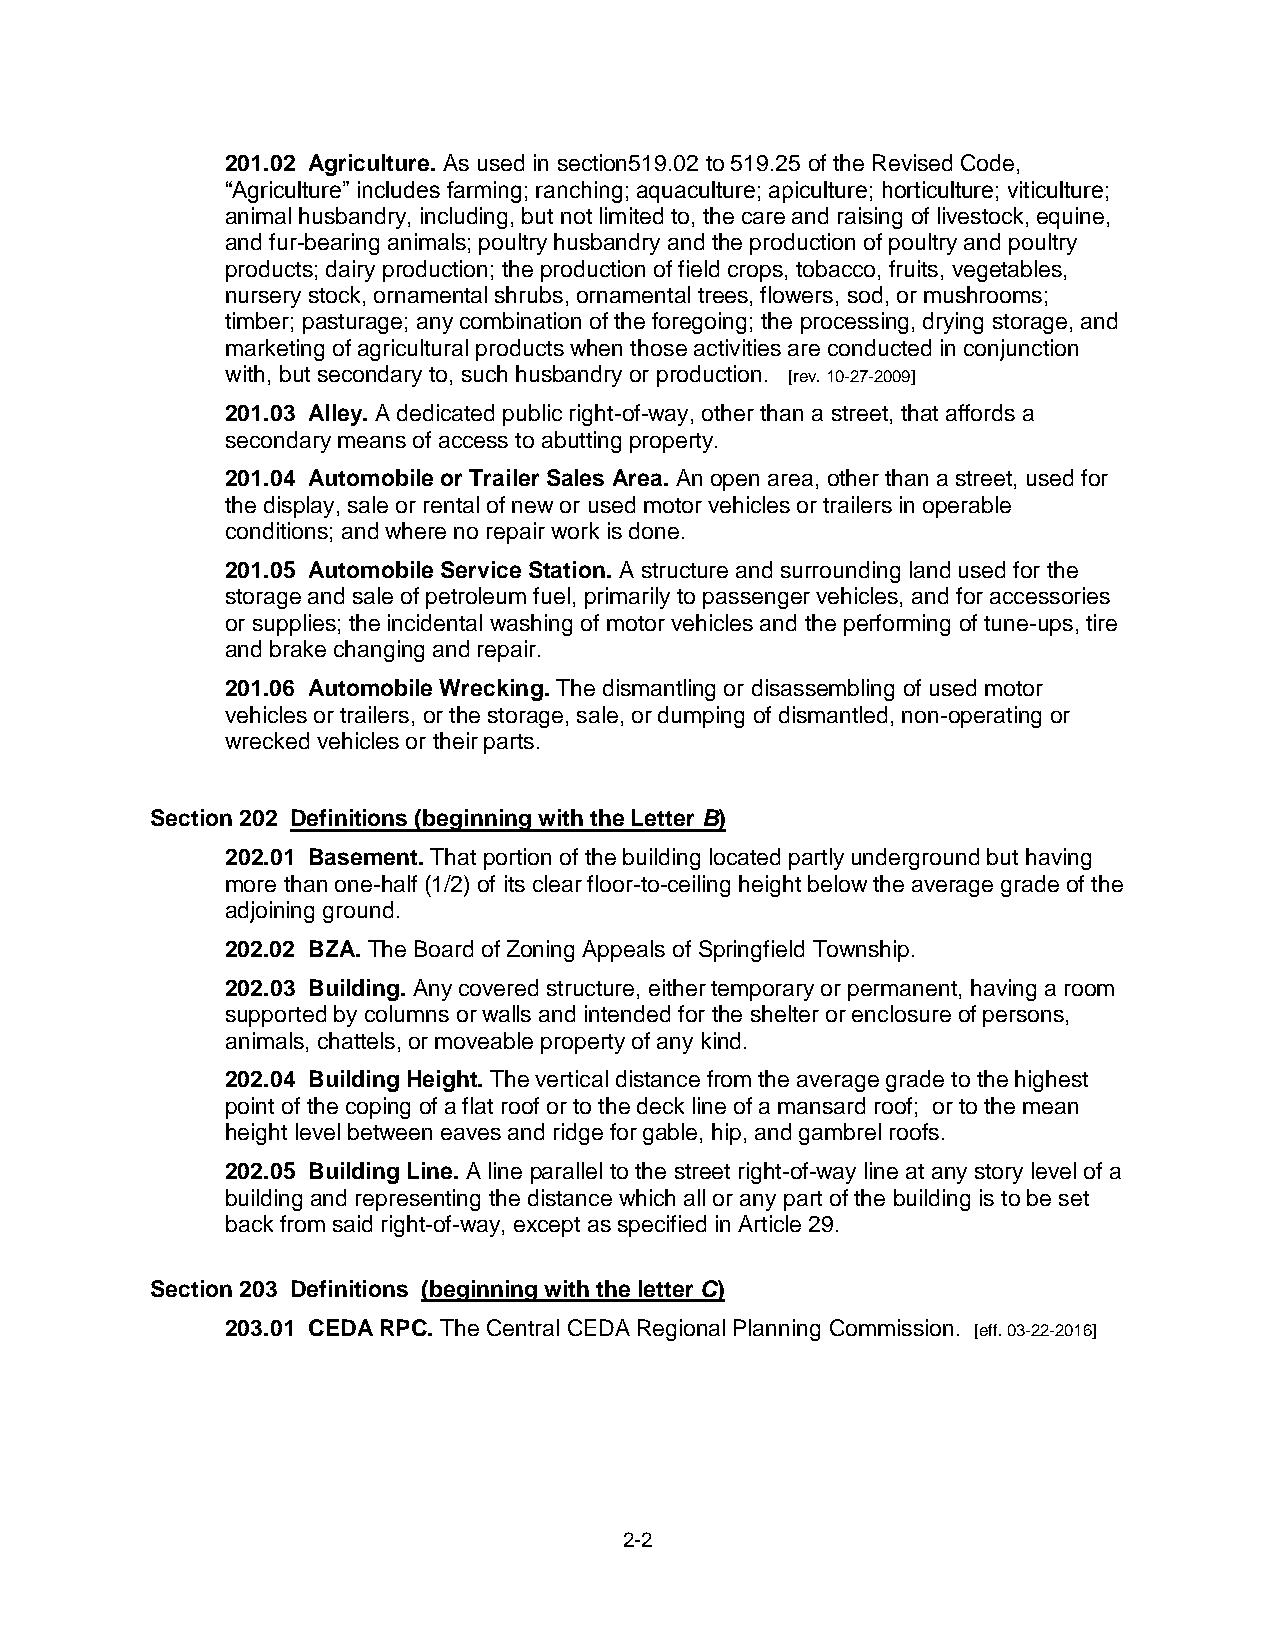
201.02 Agriculture. As used in section519.02 to 519.25 of the Revised Code,
 “Agriculture” includes farming; ranching; aquaculture; apiculture; horticulture; viticulture;
 animal husbandry, including, but not limited to, the care and raising of livestock, equine,
 and fur-bearing animals; poultry husbandry and the production of poultry and poultry
 products; dairy production; the production of field crops, tobacco, fruits, vegetables,
 nursery stock, ornamental shrubs, ornamental trees, flowers, sod, or mushrooms;
 timber; pasturage; any combination of the foregoing; the processing, drying storage, and
 marketing of agricultural products when those activities are conducted in conjunction
 with, but secondary to, such husbandry or production. [rev. 10-27-2009]
 201.03 Alley. A dedicated public right-of-way, other than a street, that affords a
 secondary means of access to abutting property.
 201.04 Automobile or Trailer Sales Area. An open area, other than a street, used for
 the display, sale or rental of new or used motor vehicles or trailers in operable
 conditions; and where no repair work is done.
 201.05 Automobile Service Station. A structure and surrounding land used for the
 storage and sale of petroleum fuel, primarily to passenger vehicles, and for accessories
 or supplies; the incidental washing of motor vehicles and the performing of tune-ups, tire
 and brake changing and repair.
 201.06 Automobile Wrecking. The dismantling or disassembling of used motor
 vehicles or trailers, or the storage, sale, or dumping of dismantled, non-operating or
 wrecked vehicles or their parts.
 Section 202 Definitions (beginning with the Letter B)
 202.01 Basement. That portion of the building located partly underground but having
 more than one-half (1/2) of its clear floor-to-ceiling height below the average grade of the
 adjoining ground.
 202.02 BZA. The Board of Zoning Appeals of Springfield Township.
 202.03 Building. Any covered structure, either temporary or permanent, having a room
 supported by columns or walls and intended for the shelter or enclosure of persons,
 animals, chattels, or moveable property of any kind.
 202.04 Building Height. The vertical distance from the average grade to the highest
 point of the coping of a flat roof or to the deck line of a mansard roof; or to the mean
 height level between eaves and ridge for gable, hip, and gambrel roofs.
 202.05 Building Line. A line parallel to the street right-of-way line at any story level of a
 building and representing the distance which all or any part of the building is to be set
 back from said right-of-way, except as specified in Article 29.
 Section 203 Definitions (beginning with the letter C)
 203.01 CEDA RPC. The Central CEDA Regional Planning Commission. [eff. 03-22-2016]
 2-2